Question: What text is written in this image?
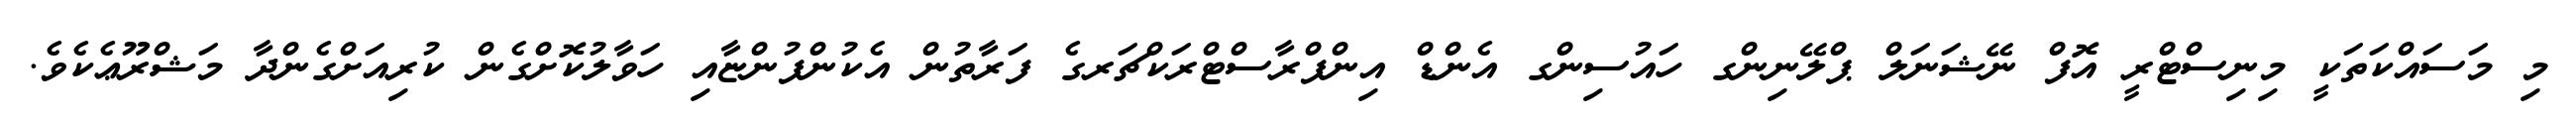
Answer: މި މަސައްކަތަކީ މިނިސްޓްރީ އޮފް ނޭޝަނަލް ޕްލޭނިންގ ހައުސިންގ އެންޑް އިންފްރާސްޓްރަކްޗަރގެ ފަރާތުން އެކުންފުންޏާއި ހަވާލުކޮށްގެން ކުރިއަށްގެންދާ މަޝްރޫޢެކެވެ.